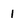
Character: 1